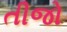
તીજો